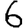
Digit: 6